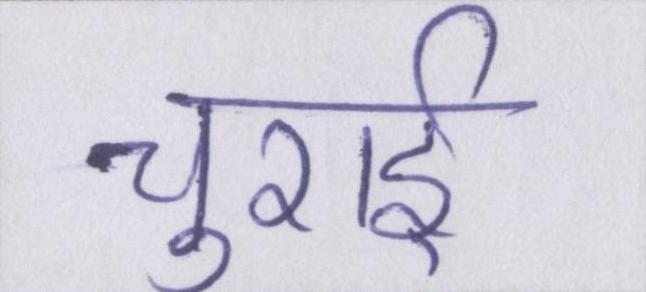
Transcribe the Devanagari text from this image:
चुराई